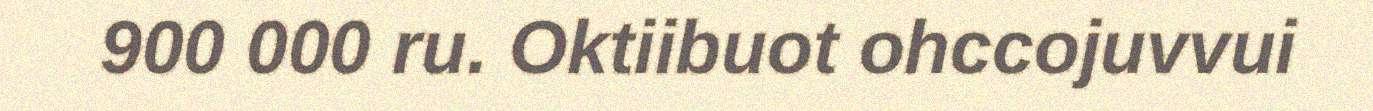
900 000 ru. Oktiibuot ohccojuvvui